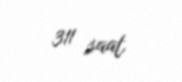
311 saat